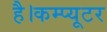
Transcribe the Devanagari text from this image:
है।कम्प्यूटर